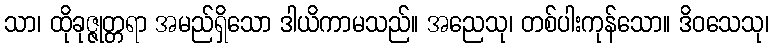
သာ၊ ထိုခုဇ္ဇုတ္တရာ အမည်ရှိသော ဒါယိကာမသည်။ အညေသု၊ တစ်ပါးကုန်သော။ ဒိဝသေသု၊